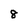
Character: 8